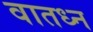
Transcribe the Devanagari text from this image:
वातध्न